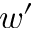
w ^ { \prime }